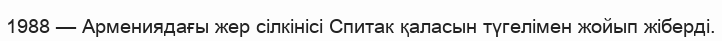
1988 — Армениядағы жер сілкінісі Спитак қаласын түгелімен жойып жіберді.